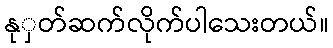
နုှတ်ဆက်လိုက်ပါသေးတယ်။